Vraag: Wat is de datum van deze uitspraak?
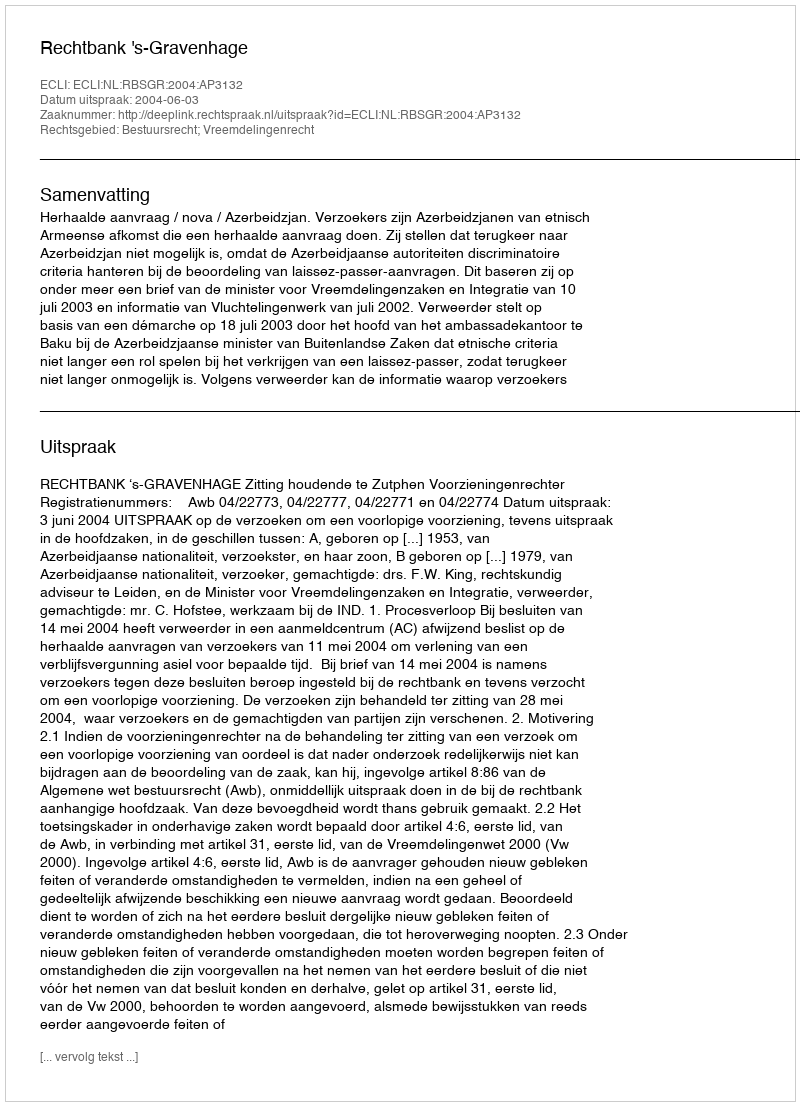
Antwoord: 2004-06-03